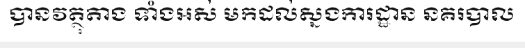
បានវត្ថុតាង ទាំងអស់ មកដល់ស្នងការដ្ឋាន នគរបាល